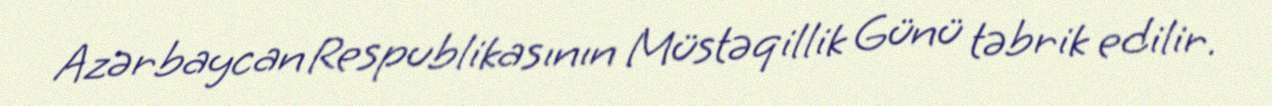
Azərbaycan Respublikasının Müstəqillik Günü təbrik edilir.